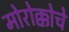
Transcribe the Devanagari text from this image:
मोरोक्कोचे